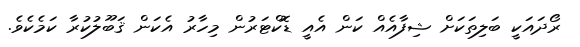
ރޯދައަކީ ބަލިތަކަށް ޝިފާއެއް ކަން އެއީ ޑޮކްޓަރުން މިހާރު އެކަން ޤަބޫލުކުރާ ކަމެކެވެ.